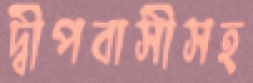
দ্বীপবাসীসহ